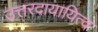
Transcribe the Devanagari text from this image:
उत्तरदायायित्व